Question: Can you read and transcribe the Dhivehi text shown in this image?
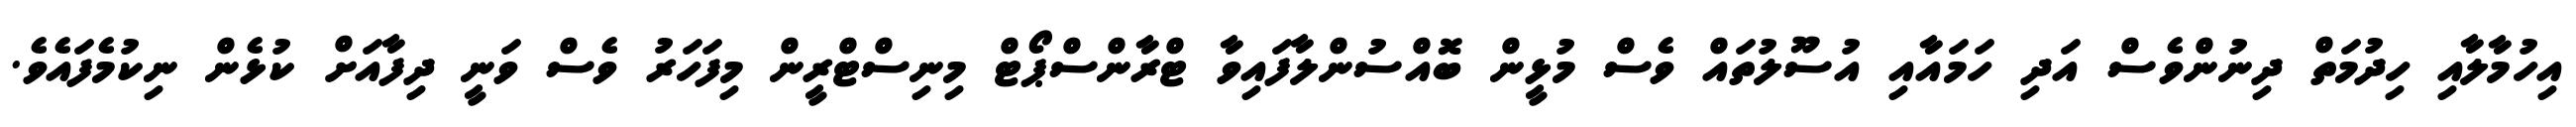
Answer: އިހުމާލާއި ހިދުމަތް ދިނުންވެސް އަދި ހަމައާއި އުސޫލުތައް ވެސް މުޅީން ބޮއްސުންލާފައިވާ ޓްރާންސްޕޯޓް މިނިސްޓްރީން މިފަހަރު ވެސް ވަނީ ދިފާއަށް ކުޅެން ނިކުމެފައެވެ.